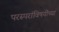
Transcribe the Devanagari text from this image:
परस्परांविषयींच्या